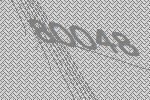
80048